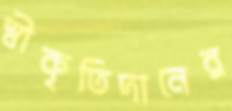
স্বীকৃতিদানের